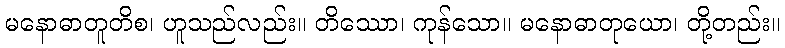
မနောဓာတူတိစ၊ ဟူသည်လည်း။ တိဿော၊ ကုန်သော။ မနောဓာတုယော၊ တို့တည်း။